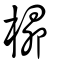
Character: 㭿